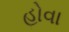
હોવા